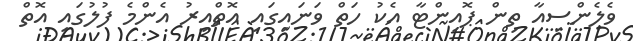
ވެލެންސިއާ ތިން ޕޮއިންޓާ އެކު ހަތް ވަނައިގައި އޮތްއިރު އެންމެ ފުލުގައި އޮތް